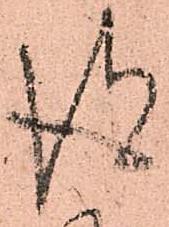
得